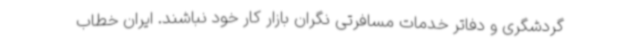
گردشگری و دفاتر خدمات مسافرتی نگران بازار کار خود نباشند. ایران خطاب